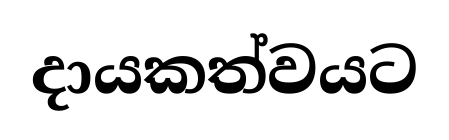
දායකත්වයට